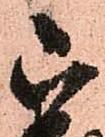
被